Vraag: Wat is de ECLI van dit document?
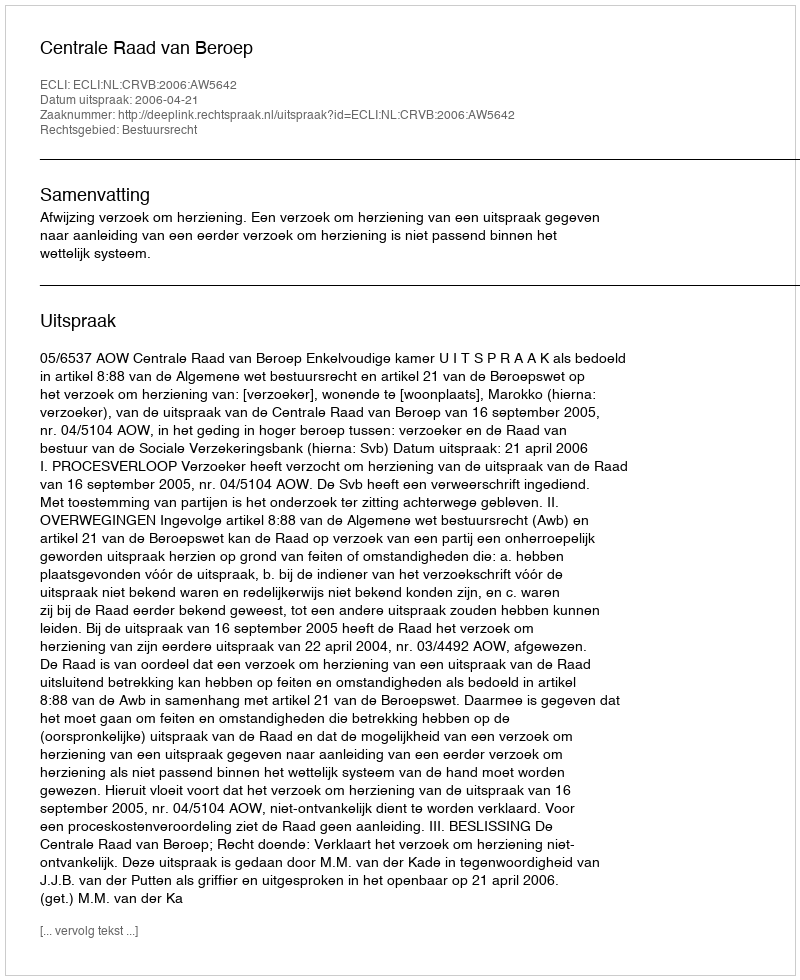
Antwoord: ECLI:NL:CRVB:2006:AW5642